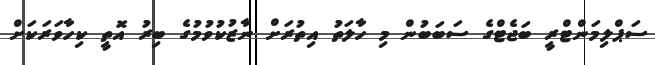
ސަޕްލިމަންޓްރީ ބަޖެޓްގެ ސަބަބުން މި ހާލަތު އިތުރަށް ނާޒުކުވުމުގެ ބިރު އޮތީ ކިހާވަރަކަށް